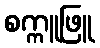
စက္ကူဖြူ